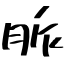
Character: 脈